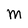
Character: m